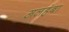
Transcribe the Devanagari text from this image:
अलहंबा